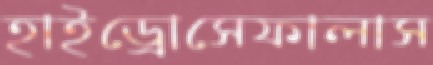
হাইড্রোসেফালাস